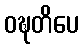
ဝဍ္ဎတိပေ